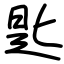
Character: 匙